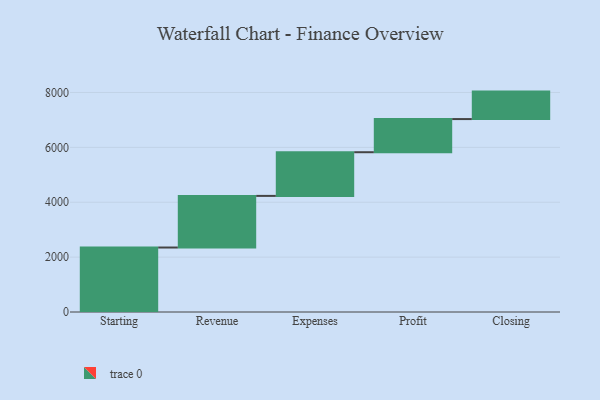
{"axis": {"x": "Step", "y": "Value"}, "legend": [""], "data": [{"x": "Starting", "y": 2350.0, "type": ""}, {"x": "Revenue", "y": 1881.0, "type": ""}, {"x": "Expenses", "y": 1592.0, "type": ""}, {"x": "Profit", "y": 1208.0, "type": ""}, {"x": "Closing", "y": 1001.0, "type": ""}]}